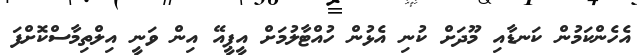
އެހެންކަމުން ކަނޑާއި މޫދަށް ކުނި އެޅުން ހުއްޓާލުމަށް އީޕީއޭ އިން ވަނީ އިލްތިމާސްކޮށްފަ